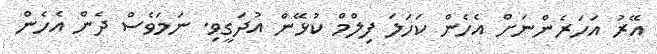
އޭރު އަހަރެންނަށް އެހެން ކަހަލަ ފިލްމް ކުޅޭން އުދަގީވި. ނަމަވެސް ދެން އެހެން